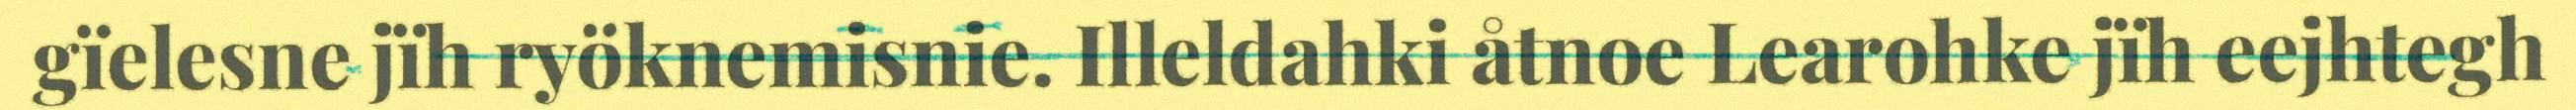
gïelesne jïh ryöknemisnie. Illeldahki åtnoe Learohke jïh eejhtegh